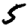
Digit: 5